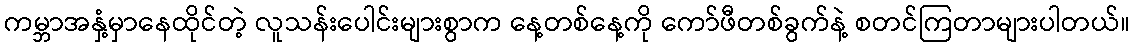
ကမ္ဘာအနှံ့မှာနေထိုင်တဲ့ လူသန်းပေါင်းများစွာက နေ့တစ်နေ့ကို ကော်ဖီတစ်ခွက်နဲ့ စတင်ကြတာများပါတယ်။